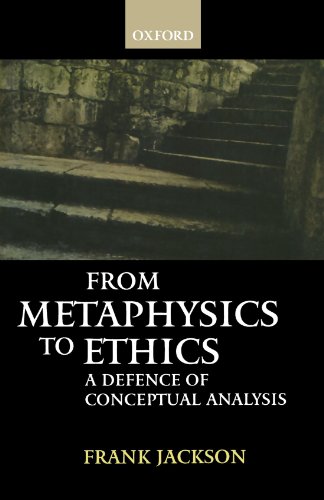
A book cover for From Metaphysics to Ethics: A Defence of Conceptual Analysis; Frank Jackson; Politics & Social Sciences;